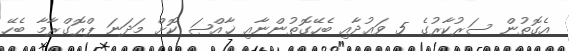
އެގޮތުން ސަރުކާރުގެ 5 ވަޢުދާއި ބެހޭގޮތުންނާއި ޚާއްޞަ ކޮށް މަދަނަ ޕްރޮގްރާމާ ބެހޭ